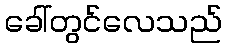
ခေါ်တွင်လေသည်